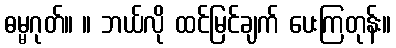
ဓမ္မဂုတ်။ ။ ဘယ်လို ထင်မြင်ချက် ပေးကြတုန်း။